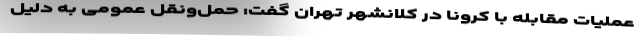
عملیات مقابله با کرونا در کلانشهر تهران گفت: حمل‌ونقل عمومی به دلیل